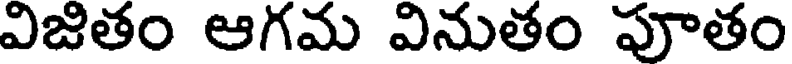
విజితం ఆగమ వినుతం పూతం